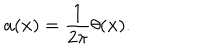
a ( { \bf x } ) = \frac { 1 } { 2 \pi } \theta ( { \bf x } ) .